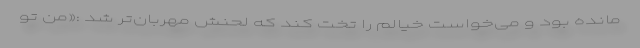
مانده بود و می‌خواست خیالم را تخت کند که لحنش مهربان‌تر شد :«من تو